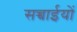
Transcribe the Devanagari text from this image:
सच्चाईयों